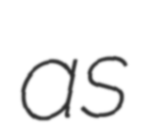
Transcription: as